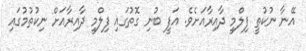
އޭނާ ނުކުތީ ފިލްމީ ދާއިރާއަށެވެ. އަފީ ބުނި ގޮތުގައި ފިލްމީ ދާއިރާއަށް ނިކުތުމުގައި